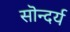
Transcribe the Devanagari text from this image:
सॊन्दर्य